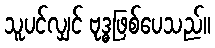
သူပင်လျှင် ဗုဒ္ဓဖြစ်ပေသည်။